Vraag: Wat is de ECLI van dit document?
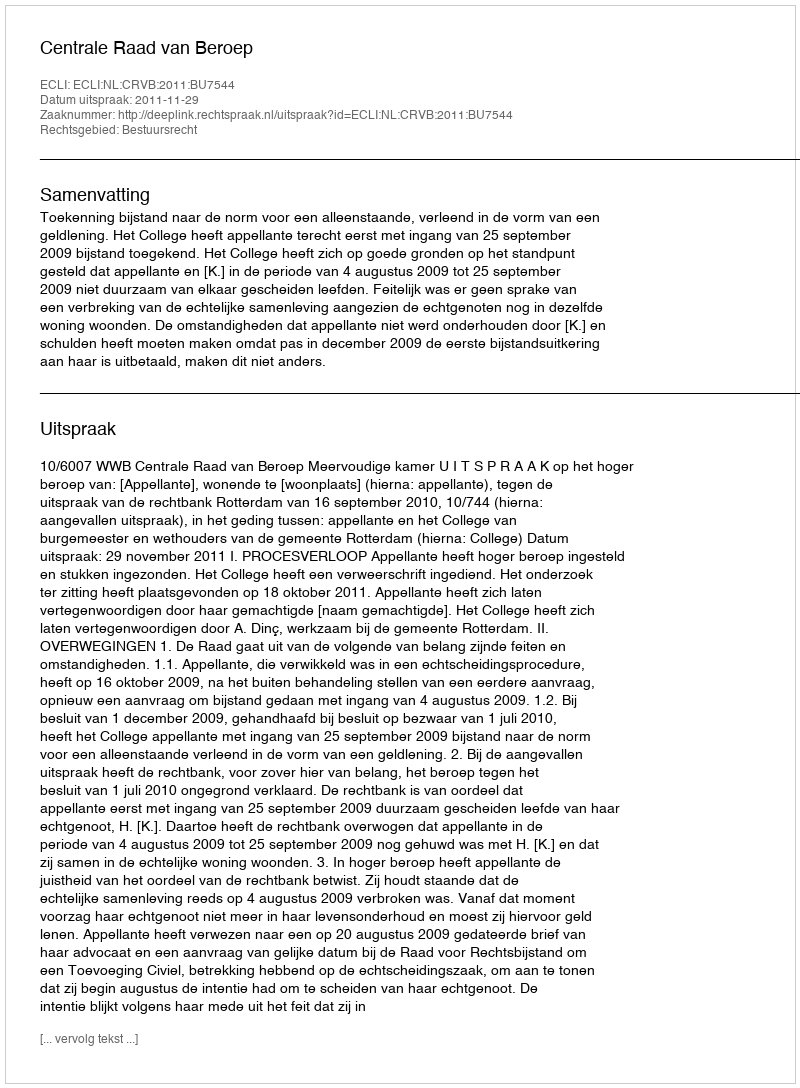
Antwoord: ECLI:NL:CRVB:2011:BU7544